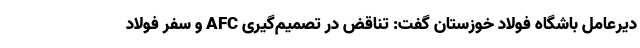
دیرعامل باشگاه فولاد خوزستان گفت: تناقض در تصمیم‌گیری AFC و سفر فولاد